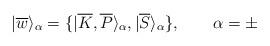
LaTeX: \begin{align*}|\overline{w}\rangle _{\alpha }=\{|\overline{K},\overline{P}\rangle _{\alpha},|\overline{S}\rangle _{\alpha }\},\qquad \alpha =\pm \end{align*}